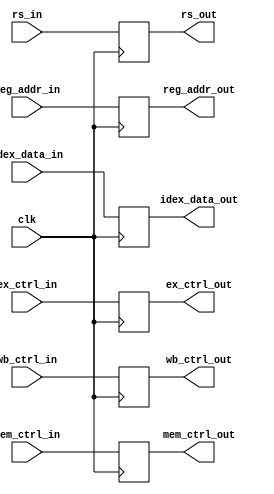
//////////////////This is for register de_ex


module decode_execution (
	clk, 
	   
	idex_data_in, 
	idex_data_out,

	reg_addr_in,
	reg_addr_out,

	rs_in,
	rs_out, 

	ex_ctrl_in,
	ex_ctrl_out,

	mem_ctrl_in,
	mem_ctrl_out,

	wb_ctrl_in,
	wb_ctrl_out
);

parameter DATA_WIDTH = 57 ;

input clk;

input [DATA_WIDTH-1:0] idex_data_in;
output [DATA_WIDTH-1:0] idex_data_out;
reg [DATA_WIDTH-1:0] idex;

input [5:0] reg_addr_in;
output [5:0] reg_addr_out;
reg [5:0] reg_addr;

input [5:0] rs_in;
output [5:0] rs_out;
reg [5:0] rs;

input [3:0] ex_ctrl_in; 
output [3:0] ex_ctrl_out;
reg [3:0] ex_ctrl;

input [2:0] mem_ctrl_in; 
output [2:0] mem_ctrl_out;
reg [2:0] mem_ctrl;

input [1:0] wb_ctrl_in;
output [1:0] wb_ctrl_out;
reg [1:0] wb_ctrl;



assign idex_data_out=idex;
assign reg_addr_out=reg_addr;

assign rs_out=rs; 

assign ex_ctrl_out=ex_ctrl;
assign mem_ctrl_out=mem_ctrl;
assign wb_ctrl_out = wb_ctrl;

	

always @(posedge clk ) begin : proc_
	
		idex=idex_data_in;
		reg_addr=reg_addr_in;
		rs=rs_in;

		ex_ctrl=ex_ctrl_in;
		mem_ctrl=mem_ctrl_in;
		wb_ctrl=wb_ctrl_in;

	
end


endmodule